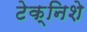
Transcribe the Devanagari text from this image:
टेक्निशे